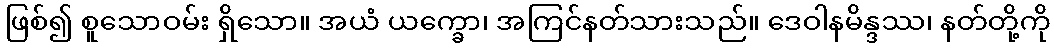
ဖြစ်၍ စူသောဝမ်း ရှိသော။ အယံ ယက္ခော၊ အကြင်နတ်သားသည်။ ဒေဝါနမိန္ဒဿ၊ နတ်တို့ကို